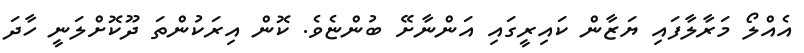
އެއްލޯ މަރާލާފައި ޔަޒާން ކައިރީގައި އަންނާށޭ ބުންޏެވެ. ކޮން އިރަކުންތަ ދޫކޮށްލަނީ ހާދަ